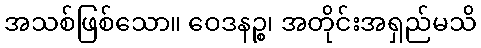
အသစ်ဖြစ်သော။ ဝေဒနဉ္စ၊ အတိုင်းအရှည်မသိ